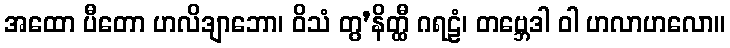
အထော ပီတော ဟလိဒျာဘော၊ ဝိသံ တွ’နိတ္ထီ ဂရဠံ၊ တဗ္ဘေဒါ ဝါ ဟလာဟလော။